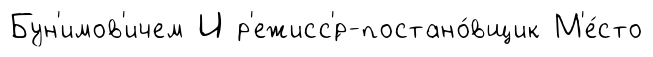
Бун'имов'ичем И р'ежисс'́р-постано́вщик М'е́сто